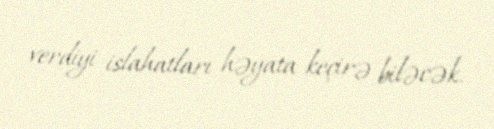
verdiyi islahatları həyata keçirə biləcək.